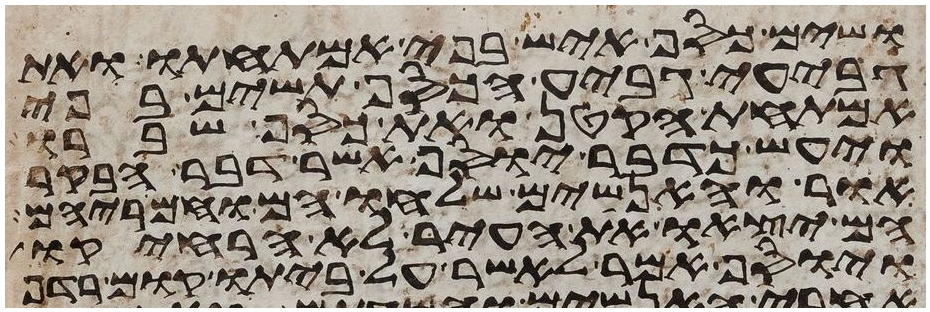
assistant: ושים כסף איש בפי אמתחתו ואת
גביע גביע הכסף תשים בפי
אמתחת הקטן ואת כסף שברו
ויעש כדבר יוסף אשר דבר הבקר
אור והאנשים שלחו הם וחמריהם
הם יצאו את העיר לא הרחיקו
ויוסף אמר לאשר על ביתו קום רדף